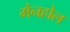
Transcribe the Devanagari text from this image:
मेनहोल